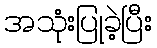
အသုံးပြုခဲ့ပြီး